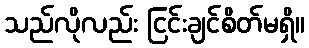
သည်လိုလည်း ငြင်းချင်စိတ်မရှိ။